Annual administration and progress report of the Indian Medical Department, Bombay
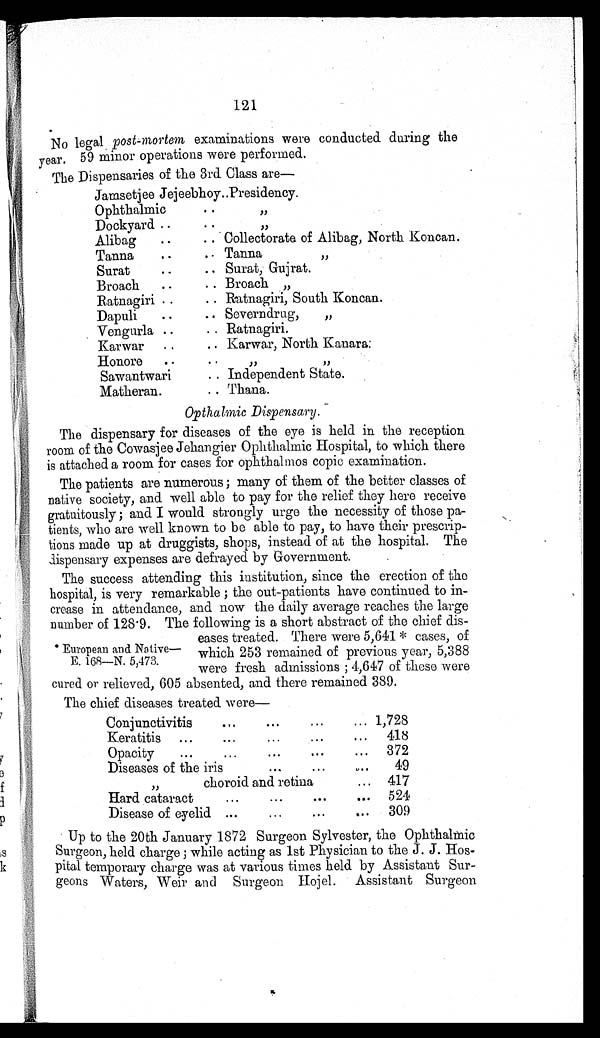
121
No legal post-mortem examinations were conducted during the
year. 59 minor operations were performed.
The Dispensaries of the 3rd Class are
—
Jamsetjee Jejeebhoy.. Presidency.
Ophthalmic
..
"
Dockyard ..
..
"
Alibag
..
.. Collectorata of Alibag, North Koncan.
Tanna
..
. . Tanna "
Surat ..
.. Surat, Gujrat.
Broach ..
.. Broach "
Ratnagiri ..
.. Ratnagiri, South Koncan.
Dapuli
..
.. Severndrug,
"
Vengurla ..
.. Ratnagiri.
Karwar ..
.. Karwar, North Kanara.
Honore ..
. .
" "
Sawantwari
.. Independent State.
Matheran.
.. Thana.
Opthalmic Dispensary.
The dispensary for diseases of the eye is held in the reception
room of the Cowasjee Jehangier Ophthalmic Hospital, to which there
is attached a room for cases for ophthalmos copic examination.
The patients are numerous; many of them of the better classes of
native society, and well able to pay for the relief they here receive
gratuitously ; and I would strongly urge the necessity of those pa-
tients, who are well known to be able to pay, to have their prescrip-
tions made up at druggists, shops, instead of at the hospital. The
dispensary expenses are defrayed by Government.
The success attending this institution, since the erection of the
hospital, is very remarkable ; the out-patients have continued to in-
crease in attendance, and now the daily average reaches the large
number of 128.9. The following is a short abstract of the chief dis-
* European and Native—
E. 168—N. 5,473.
eases treated. There were 5,641* cases, of
which 253 remained of previous year, 5,388
were fresh admissions ; 4.647 of these were
cured or relieved, 605 absented, and there remained 389.
The chief diseases treated were—
Conjunctivitis
. . .
. . .
. . .
. . . 1,728
Keratitis ...
. . .
...
...
... 418
Opacity
...
...
...
...
... 372
Diseases of the iris
. . .
. . .
. . . 49
"
choroid and retina
... 417
Hard cataract
...
...
. . .
... 524
Disease of eyelid ...
...
...
... 309
Up to the 20th January 1872 Surgeon Sylvester, the Ophthalmic
Surgeon, held charge ; while acting as 1st Physician to the J. J. Hos-
pital temporary charge was at various times held by Assistant Sur-
geons Waters, Weir and Surgeon Hojel. Assistant Surgeon